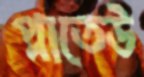
প্লাতেউ